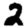
Digit: 2